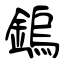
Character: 鎢